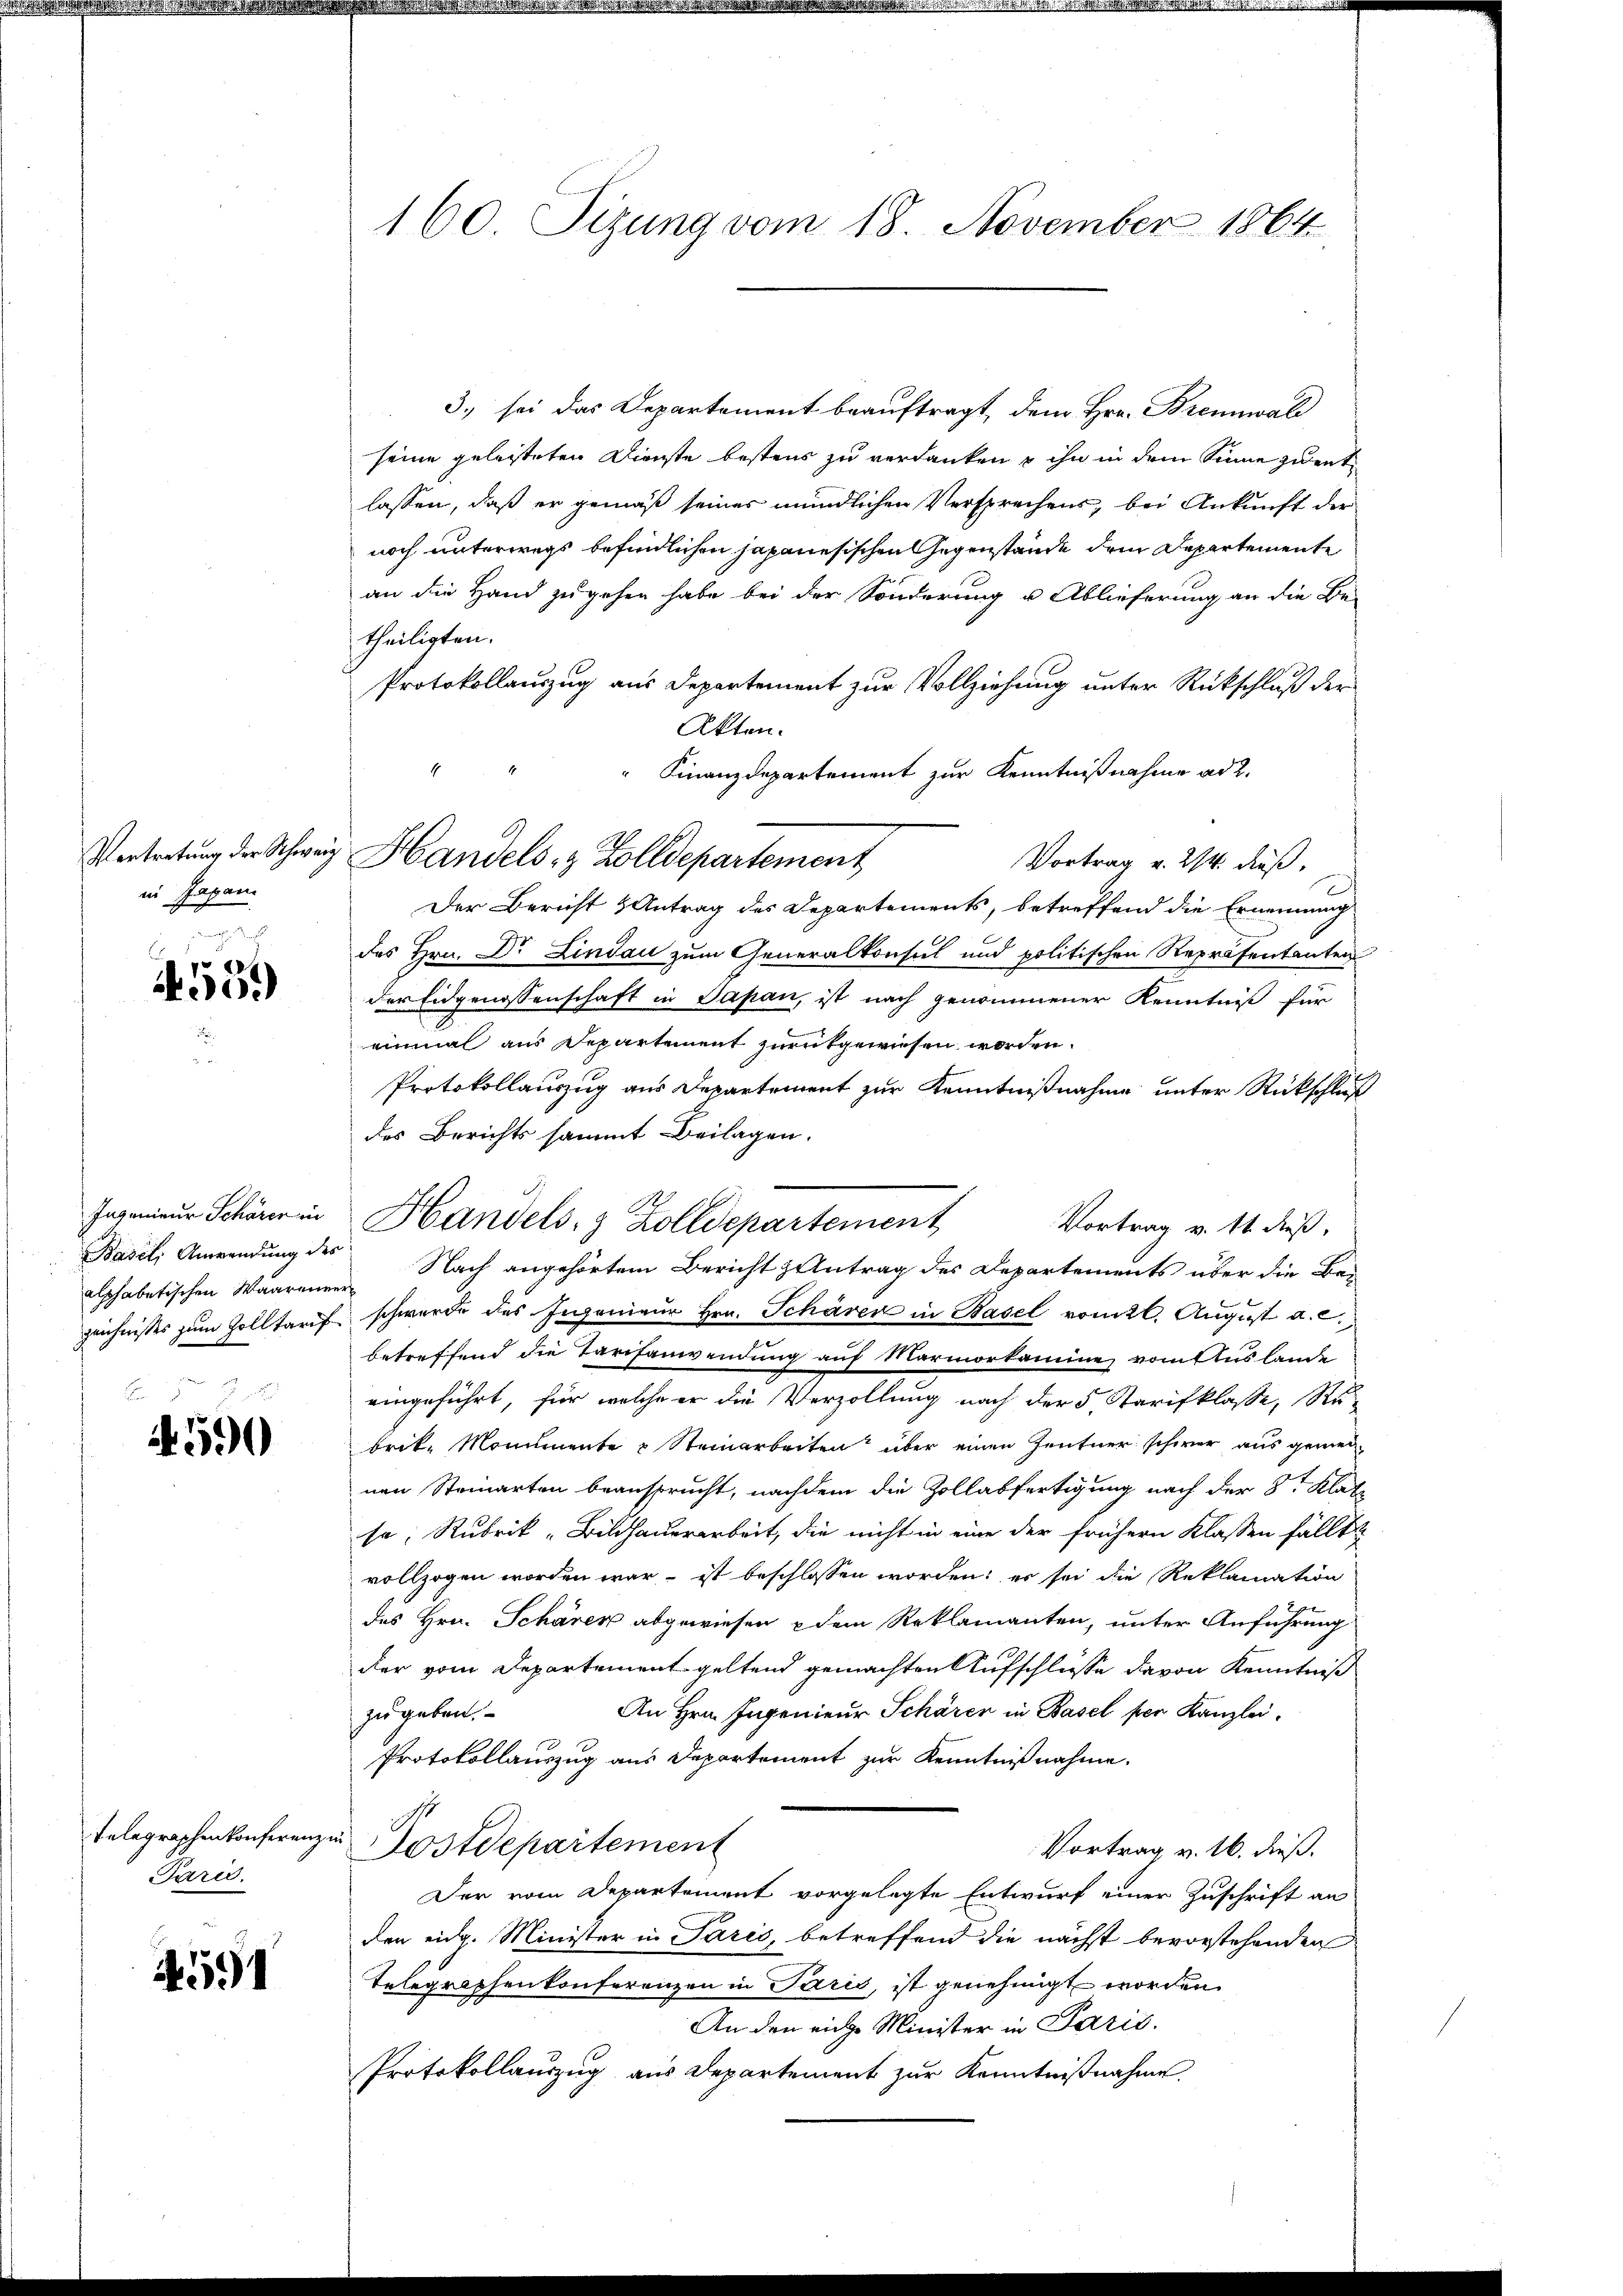
in Japani
machen

4.10.

Ingenieur Schärer in
Basel, Anwendung des
alphabetischen Waarenver¬

E
A. 590

Telegraphenkonferenz
Paris

4591

160. Sizung vom 18. November 1864

Vertretung der Schweiz Handels- & Zolldepartement

3. sei das Departement beauftragt, dem Hrn. Brennwald
seine geleisteten Dienste bestens zu verdanken u ihn in dem Sinne zu entlassen, daß er gemäß seiner mündlichen Versprechens, bei Ankunft der
noch unterwegs befindlichen japanesischen Gegenstände dem Departemente
an die Hand zugehen habe bei der Sonderung u Ablieferung an die Be-
theiligten.
Protokollauszug aus Departement zur Vollziehung unter Rückschluß der
Akten.
Finanzdepartement zur Kenntnißnahme ad 2.
Vortrag v. 214. dieß.
Der Bericht & Antrag des Departements, betreffend die Ernennung
des Hrn. Dr Lindau zum Generalkonsul und politischen Repräsentanten
der Eidgenossenschaft in Papan, ist nach genommener Kenntniß für
einmal aus Departement zurückgewiesen worden.
Protokollauszug aus Departement zur Kenntnißnahme unter Rückschluß
des Berichts sammt Beilagen.
Handels- & Zolldepartement
Vortrag v. 14. dieß.
Nach angehörtem Bericht antrag des Departements über die Bei
zeichnisses zum Zolltarif schwerde des Ingenieŭr Hrn. Schärer in Basel vom 26. August d. 2.
betreffend die Tarifanwendung auf Marmorkamine vom Auslande
eingeführt, für welche er die Verzollung nach der 5. Starifklasse, Ru-
brik, Monumente & Steinarbeiten über einen Zentner schwer aus gemei
nen Steinarten beansprucht, nachdem die Zollabfertigung nach der 8t Klatz
se, Rubrik „Bildhauerarbeit, die nicht in eine der frühern Klassen fällt
vollzogen worden war – ist beschlossen worden; er sei die Reklamation
des Hrn. Schärer abgewiesen u dem Reklamanten, unter Anführung
der vom Departement geltend gemachten Aufschlüsse davon Kenntniß
An Hrn. Ingenieur Schärer in Basel per Kanzlei.
zu geben.
Protokollauszug aus Departement zur Kenntnißnahme.
s
Postdepartement
Vortrag v. 16. dieß.
Der vom Departement vorgelegte Entwurf einer Zuschrift an
den eidg. Minister in Paris, betreffend die nächst bevorstehenden
Telegraphenkonferenzen in Paris, ist genehmigt worden.
An den riche Minister in Paris.
Protokollauszug aus Departement zur Kenntnißnahme.